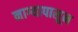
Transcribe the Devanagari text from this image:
नाग्यापासून